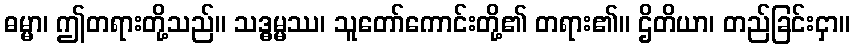
ဓမ္မာ၊ ဤတရားတို့သည်။ သဒ္ဓမ္မဿ၊ သူတော်ကောင်းတို့၏ တရား၏။ ဌိတိယာ၊ တည်ခြင်းငှာ။